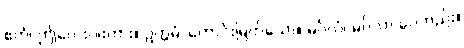
ဧတံ၊ ဤလေးပါးကား။ ဥတ္တမံ၊ ကောင်းမြတ်သော။ မင်္ဂလံ၊ မင်္ဂလာ ပေတည်း။